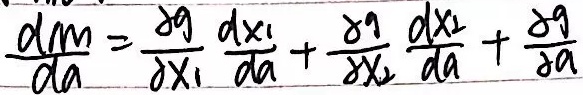
\[\frac{dm}{da}=\frac{\partial g}{\partial x_1}\frac{dx_1}{da}+\frac{\partial g}{\partial x_2}\frac{dx_2}{da}+\frac{\partial g}{\partial a}\]